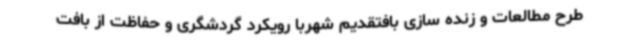
طرح مطالعات و زنده سازی بافتقدیم شهربا رویکرد گردشگری و حفاظت از بافت